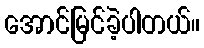
အောင်မြင်ခဲ့ပါတယ်။